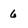
Character: 6